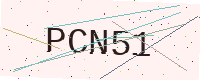
Text: PCN51